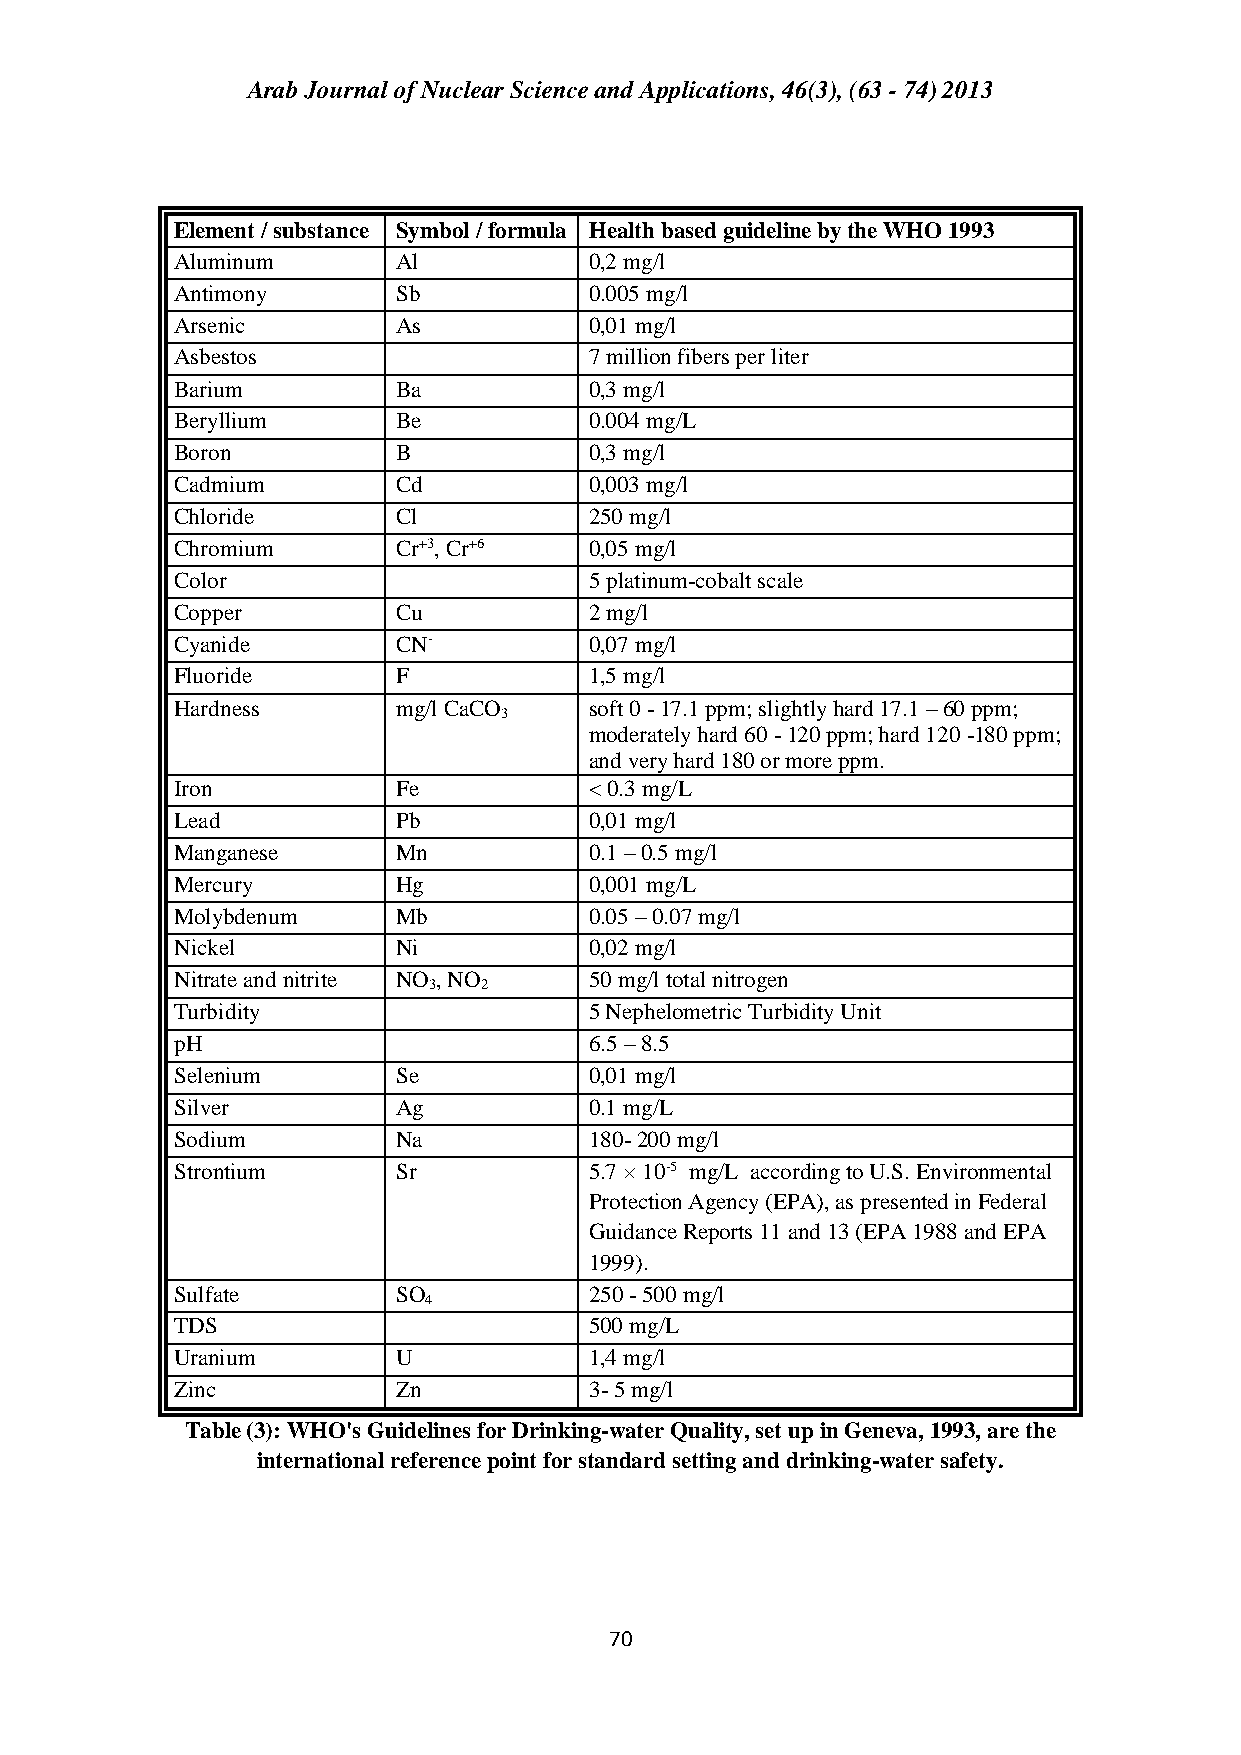
Arab Journal of Nuclear Science and Applications, 46(3), (63 - 74) 2013
 Element / substance Symbol / formula Health based guideline by the WHO 1993
 Aluminum      Al           0,2 mg/l
 Antimony      Sb           0.005 mg/l
 Arsenic       As           0,01 mg/l
 Asbestos                   7 million fibers per liter
 Barium        Ba           0,3 mg/l
 Beryllium     Be           0.004 mg/L
 Boron         B            0,3 mg/l
 Cadmium       Cd           0,003 mg/l
 Chloride      Cl           250 mg/l
 Chromium      Cr+3, Cr+6   0,05 mg/l
 Color                      5 platinum-cobalt scale
 Copper        Cu           2 mg/l
 Cyanide       CN-          0,07 mg/l
 Fluoride      F            1,5 mg/l
 Hardness      mg/l CaCO    soft 0 - 17.1 ppm; slightly hard 17.1 – 60 ppm;
 3
 moderately hard 60 - 120 ppm; hard 120 -180 ppm;
 and very hard 180 or more ppm.
 Iron          Fe           < 0.3 mg/L
 Lead          Pb           0,01 mg/l
 Manganese     Mn           0.1 – 0.5 mg/l
 Mercury       Hg           0,001 mg/L
 Molybdenum    Mb           0.05 – 0.07 mg/l
 Nickel        Ni           0,02 mg/l
 Nitrate and nitrite NO , NO 50 mg/l total nitrogen
 3   2
 Turbidity                  5 Nephelometric Turbidity Unit
 pH                         6.5 – 8.5
 Selenium      Se           0,01 mg/l
 Silver        Ag           0.1 mg/L
 Sodium        Na           180- 200 mg/l
 Strontium     Sr           5.7 × 10-5 mg/L according to U.S. Environmental
 Protection Agency (EPA), as presented in Federal
 Guidance Reports 11 and 13 (EPA 1988 and EPA
 1999).
 Sulfate       SO           250 - 500 mg/l
 4
 TDS                        500 mg/L
 Uranium       U            1,4 mg/l
 Zinc          Zn           3- 5 mg/l
 Table (3): WHO's Guidelines for Drinking-water Quality, set up in Geneva, 1993, are the
 international reference point for standard setting and drinking-water safety.
 70